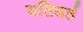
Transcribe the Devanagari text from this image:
यतिधर्त